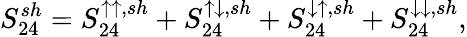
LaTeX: {S_{24}^{sh}=S_{24}^{\uparrow\uparrow,sh}+S_{24}^{\uparrow\downarrow,sh}+S_{24}^{\downarrow\uparrow,sh}+S_{24}^{\downarrow\downarrow,sh}},